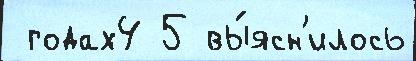
 годах4 5 вы́ясн'илось